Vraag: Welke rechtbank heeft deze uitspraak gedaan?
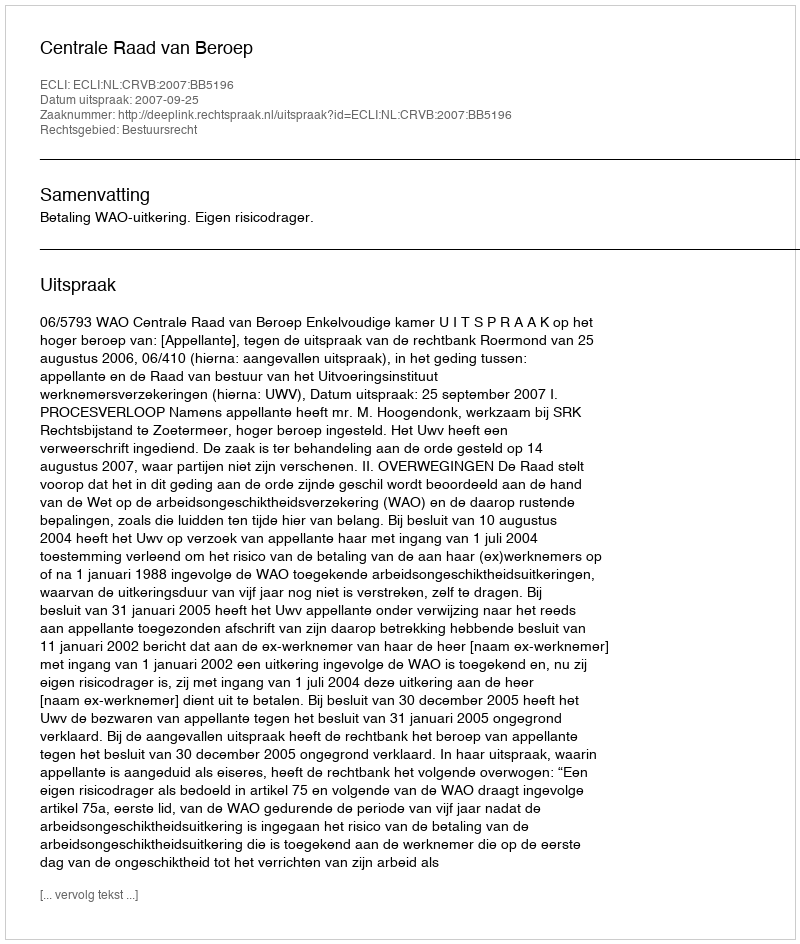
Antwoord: Centrale Raad van Beroep